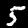
Label: 5